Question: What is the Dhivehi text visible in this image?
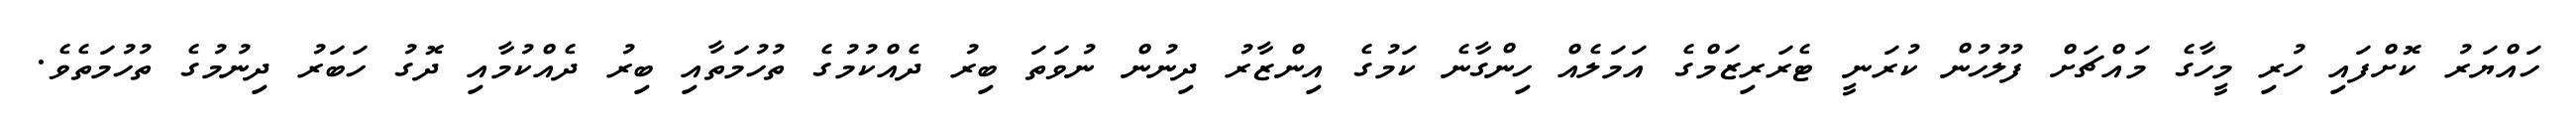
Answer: ހައްޔަރު ކޮށްފައި ހުރި މީހާގެ މައްޗަށް ފުލުހުން ކުރަނީ ޓެރަރިޒަމްގެ އަމަލެއް ހިންގާނެ ކަމުގެ އިންޒާރު ދިނުން ނުވަތަ ބިރު ދެއްކުމުގެ ތުހުމަތާއި ބިރު ދެއްކުމާއި ދޮގު ހަބަރު ދިނުމުގެ ތުހުމަތެވެ.